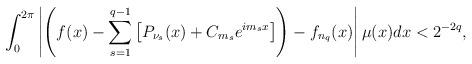
LaTeX: \begin{align*}\int_0^{2\pi} \left| \left( f(x)- \sum_{s=1}^{q-1} \left [P_{\nu_s}(x)+C_{m_s}e^{im_sx} \right] \right)-f_{n_q}(x)\right|\mu(x)dx< 2^{-2q},\end{align*}